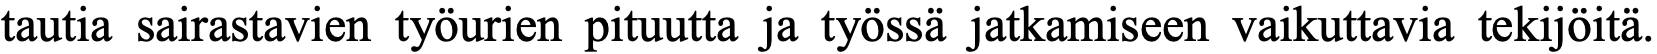
tautia sairastavien työurien pituutta ja työssä jatkamiseen vaikuttavia tekijöitä.